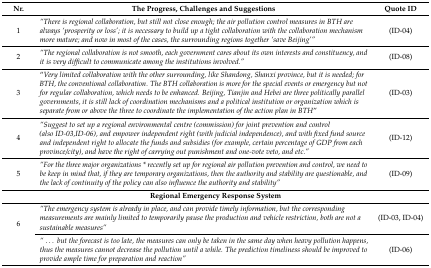
<table><thead><tr><td><b>Nr.</b></td><td><b>The Progress, Challenges and Suggestions</b></td><td><b>Quote ID</b></td></tr></thead><tbody><tr><td>1</td><td><i>“There is regional collaboration, but still not close enough; the air pollution control measures in BTH are always ‘prosperity or loss’; it is necessary to build up a tight collaboration with the collaboration mechanism more mature; and now in most of the cases, the surrounding regions together ‘save Beijing’”</i></td><td>(ID-04)</td></tr><tr><td>2</td><td><i>“The regional collaboration is not smooth, each government cares about its own interests and constituency, and it is very difficult to communicate among the institutions involved.”</i></td><td>(ID-08)</td></tr><tr><td>3</td><td>“<i>Very limited collaboration with the other surrounding, like Shandong, Shanxi province, but it is needed; for BTH, the conventional collaboration. The BTH collaboration is more for the special events or emergency but not for regular collaboration, which needs to be enhanced. Beijing, Tianjin and Hebei are three politically parallel governments, it is still lack of coordination mechanisms and a political institution or organization which is separate from or above the three to coordinate the implementation of the action plan in BTH</i>”</td><td>(ID-03)</td></tr><tr><td>4</td><td><i>“Suggest to set up a regional environmental centre (commission) for joint prevention and control (also ID-03,</i><i>ID-</i><i>06), and empower independent right (with judicial independence), and with fixed fund source and independent right to allocate the funds and subsidies (for example, certain percentage of GDP from each province/city), and have the right of carrying out punishment and one-vote veto, and etc.”</i></td><td>(ID-12)</td></tr><tr><td>5</td><td><i>“For the three major organizations * recently set up for regional air pollution prevention and control, we need to be keep in mind that, if they are temporary organizations, then the authority and stability are questionable, and the lack of continuity of the policy can also influence the authority and stability”</i></td><td>(ID-09)</td></tr><tr><td colspan="3"><b>Regional Emergency Response System</b></td></tr><tr><td rowspan="2">6</td><td><i>“The emergency system is already in place, and can provide timely information, but the corresponding measurements are mainly limited to temporarily pause the production and vehicle restriction, both are not a sustainable measures”</i></td><td>(ID-03, ID-04)</td></tr><tr><td><i>“... but the forecast is too late, the measures can only be taken in the same day when heavy pollution happens, thus the measures cannot decrease the pollution until a while. The prediction timeliness should be improved to provide ample time for preparation and reaction”</i></td><td>(ID-06)</td></tr></tbody></table>